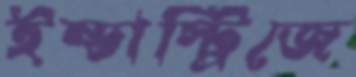
ইন্ডাস্ট্রিজে